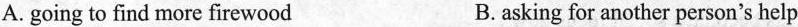
A. going to find more firewood B. asking for another person's help